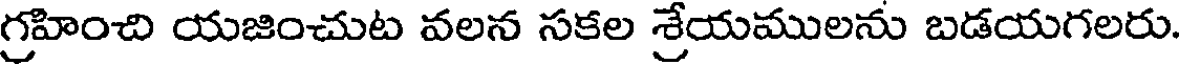
గ్రహించి యజించుట వలన సకల శ్రేయములను బడయగలరు